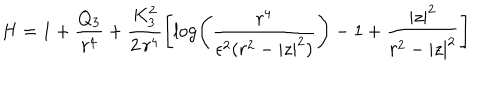
LaTeX: H = 1 + \frac { Q _ { 3 } } { r ^ { 4 } } + \frac { K _ { 3 } ^ { 2 } } { 2 \, r ^ { 4 } } \left[ \log \left( \frac { r ^ { 4 } } { \epsilon ^ { 2 } ( r ^ { 2 } - | z | ^ { 2 } ) } \right) - 1 + \frac { | z | ^ { 2 } } { r ^ { 2 } - | z | ^ { 2 } } \right]